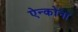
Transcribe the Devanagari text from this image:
ऐन्कोना